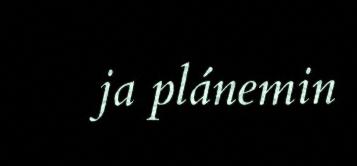
ja plánemin